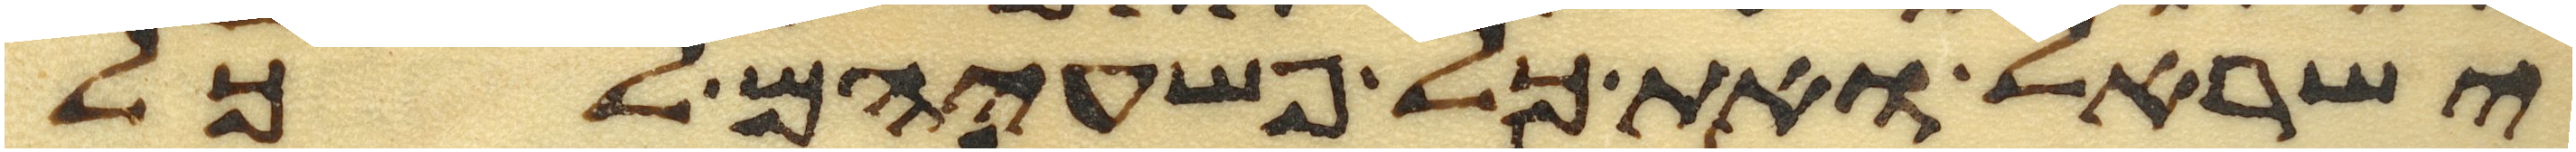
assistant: ישראל ואת כל פשעיהם לכל